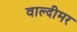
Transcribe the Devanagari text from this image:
वाल्दीमर